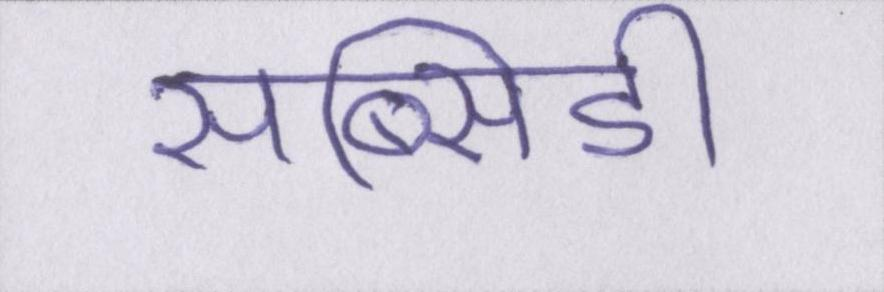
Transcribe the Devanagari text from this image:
सब्सिडी